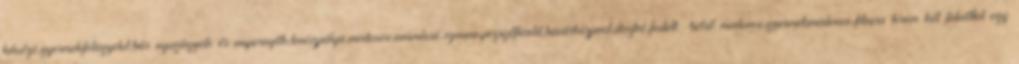
kávézó,gyermekfelügyelet,bár nyugágyak és napernyők,teniszpálya,medence,animáció,szauna,pezsgőfürdő,búvárközpont,diszkó,fedett belső medence,gyermekmedence,fitness terem két felnőttel egy